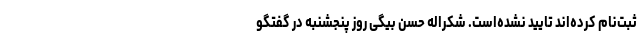
ثبت‌نام کرده‌اند تایید نشده‌است. شکراله حسن بیگی روز پنجشنبه در گفتگو